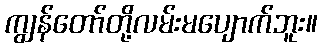
ကျွန်တော်တို့လမ်းမပျောက်ဘူး။